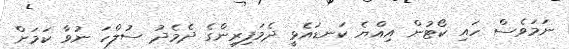
ނަމަވެސް ހައި ކޯޓުން އިއްޔެ ކަނޑައެޅީ ދެމަފިރިންގެ ދެމެދު ސުލްހަ ނުވާ ކަމަށް